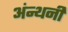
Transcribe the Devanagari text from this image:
अंन्थनी